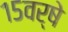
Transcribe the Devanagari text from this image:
१५वर्षे